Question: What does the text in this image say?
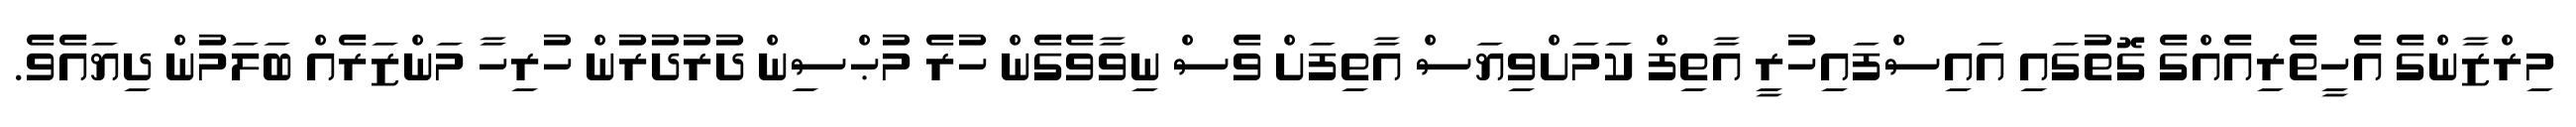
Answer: މިރްޒާންގެ އެހީތެރިއެއްގެ ގޮތުގައި އައިސްފައިހުރީ އާތިފް ކަމަށްވިޔަސް އާތިފަށް ވެސް ނިވާވެގެން ހުރެ މުޙްސިން ދުރުދުރުން ހުރިހާ މަންޒަރެއް ބަލަމުން ދިޔައެވެ.